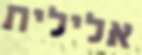
אלילית